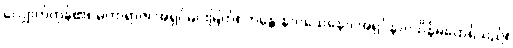
လျှောက်ကုန်၏။ မဟာရာဇ၊ အရှင်မင်းမြတ်။ ဘန္တေ နာဂသေနော၊ အရှင်နာဂသိန်မထေရ်သည်။